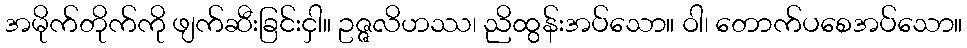
အမိုက်တိုက်ကို ဖျက်ဆီးခြင်းငှါ။ ဥဇ္ဇလိဟဿ၊ ညိထွန်းအပ်သော။ ဝါ၊ တောက်ပစေအပ်သော။